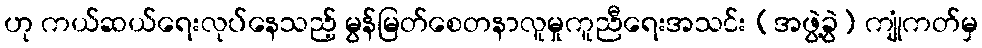
ဟု ကယ်ဆယ်ရေးလုပ်နေသည့် မွန်မြတ်စေတနာလူမှုကူညီရေးအသင်း (အဖွဲ့ခွဲ) ကျုံကတ်မှ